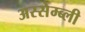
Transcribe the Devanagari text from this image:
अस्सेम्ब्ली